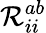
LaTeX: \mathcal{R}_{ii}^{ab}